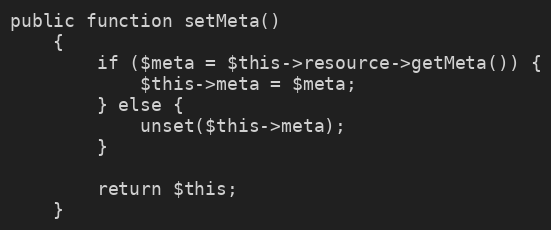
Language: PHP
public function setMeta()
    {
        if ($meta = $this->resource->getMeta()) {
            $this->meta = $meta;
        } else {
            unset($this->meta);
        }

        return $this;
    }